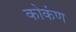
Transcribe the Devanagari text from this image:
कोकंण